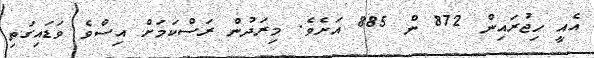
އެއީ ހިޖުރައިން 872 ން 885 އަށެވެ. މިރަދުން ރަސްކަމަށް އިސްވެ ވަޑައިގަތި